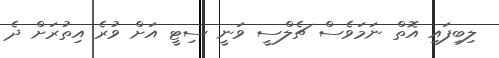
ލިބިފައި އޮތް ނަމަވެސް ޗެލްސީ ވަނީ ސިޓީ އަށް ވުރެ އިތުރަށް ދެ